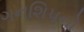
ગનશિપનો